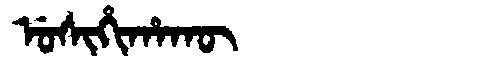
Manchu: ᡠᠰᡳᡥᡳᡥᠠᡴᡡ
Romanization: USIHIHAKŪ